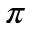
\pi